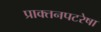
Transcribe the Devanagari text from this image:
प्राक्तनपटरेषा